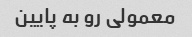
معمولى رو به پایین